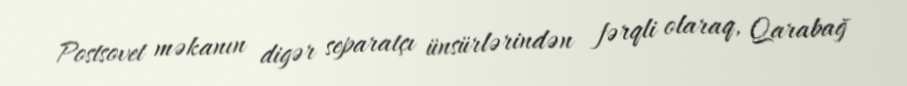
Postsovet məkanın digər separatçı ünsürlərindən fərqli olaraq, Qarabağ